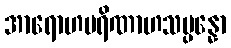
အာရောဟပရိဏာဟသမ္ပန္နော